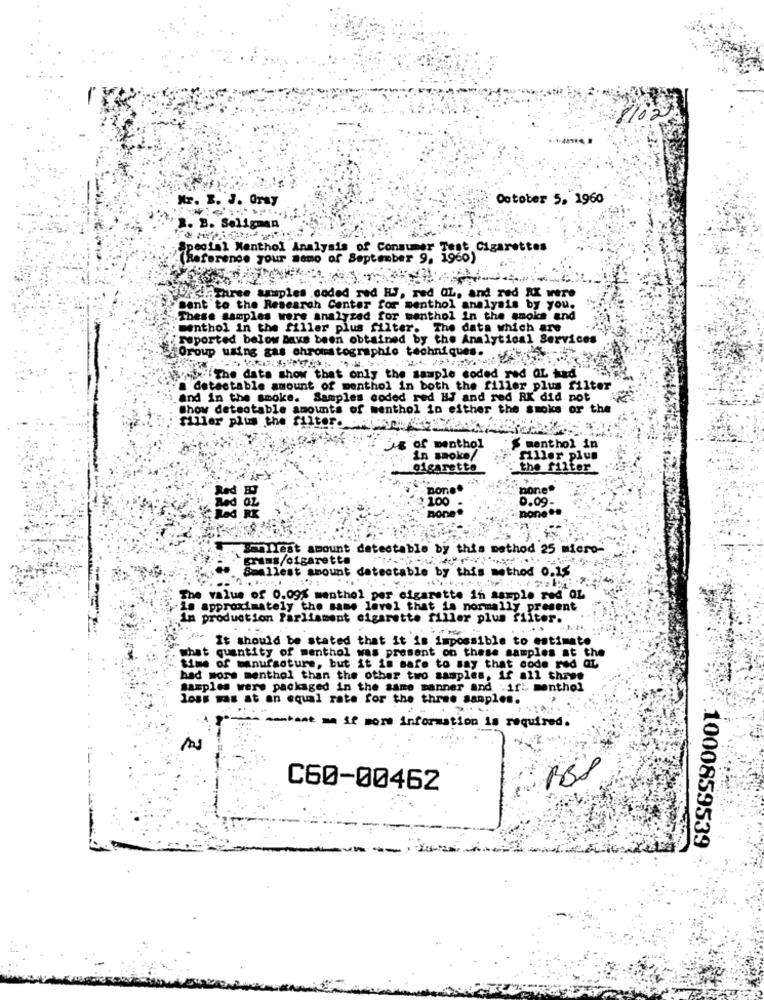
Mr. E. J. Oray
October 5, 1960
R. B. Seligman
Special Menthol Analysis of Consumer Test Cigarettes
(Reference your momo of September 9, 1960)
ZasE Three samples coded red HJ, red OL, and red RX were
sent to the Research Center for menthol analysis by you.
These samples were analyzed for menthol in the smoke and
: menthol in the filler plus filter. The data which are
reported below Bays been obtained by the Analytical Services
Group using gas chromatographie techniques.
Erofx" The data show that only the sample coded red QL kad"
# detestable amount of menthol in both the filler plus filter
and in the smoke. Samples coded red HJ and red RX did not
Show detsotable amounts of menthol in either the smoke or the
filler plus the filter.
of menthol
S menthol in
in smoke/
filler plus
Cigarette
the filter
Done.
none"
100
0.09-
BODe
none "e
.sanIlest amount detectable by this method 25 micro-
`crams/cigarette
Smallest amount detectable by this method 0.15
The value of 0.09% menthol per cigarette in sample red QL
Is approximately the same level that is normally present
In production Parliament cigarette filler plus filter.
...
It should be stated that it is impossible to estimate
what quantity of menthol was present on these samples at the
time of manufacture, but it in safe to say that code red at
had more menthol than the other two samples, if all three
samples were packaged in the same manner and .ift menthol
loss mas at an equal rate for the three samples.
......
-mtant
if more information is required.
C60-00462
1000859539